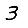
Digit: 3